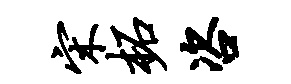
宋柘咨